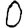
Digit: 0